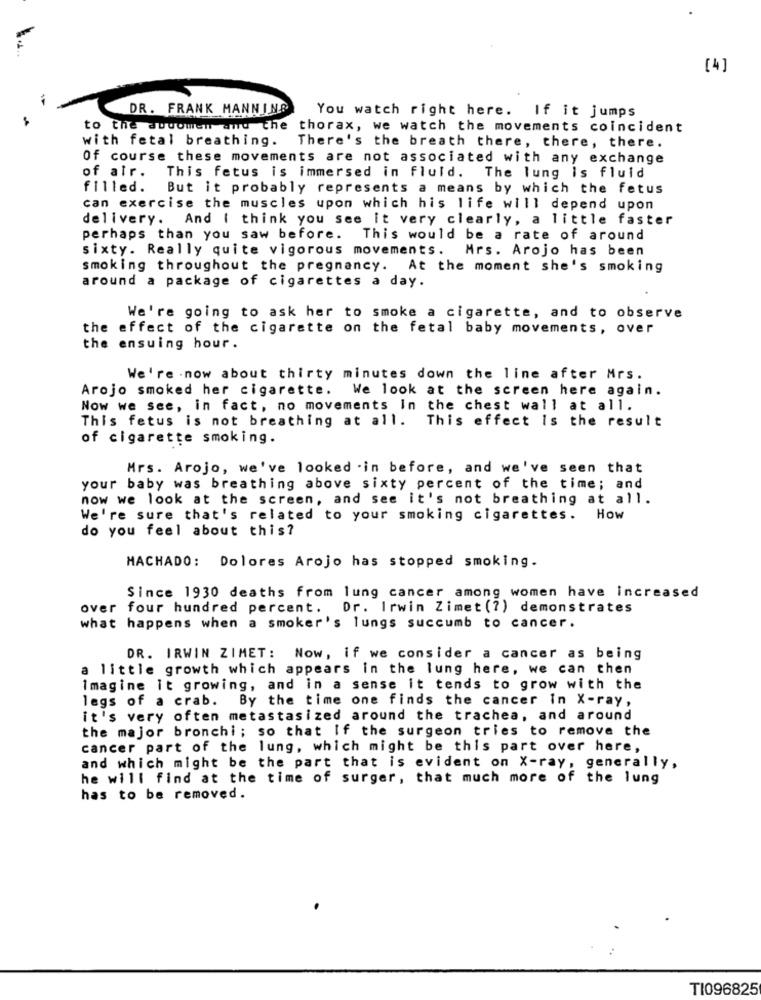
[4]
DR. FRANK MANNINO
You watch right here. If it jumps
to the awwomen and the thorax, we watch the movements coincident
with fetal breathing.
There's the breath there, there, there.
Of course these movements are not associated with any exchange
of air. This fetus is immersed in fluid. The lung is fluid
filled. But it probably represents a means by which the fetus
can exercise the muscles upon which his life will depend upon
delivery. And I think you see it very clearly, a little faster
perhaps than you saw before. This would be a rate of around
sixty. Really quite vigorous movements. Mrs. Arojo has been
smoking throughout the pregnancy. At the moment she's smoking
around a package of cigarettes a day.
We're going to ask her to smoke a cigarette, and to observe
the effect of the cigarette on the fetal baby movements, over
the ensuing hour.
We're .now about thirty minutes down the line after Mrs.
Arojo smoked her cigarette. We look at the screen here again.
Now we see, in fact, no movements In the chest wall at all.
This fetus is not breathing at all. This effect Is the result
of cigarette smoking.
Mrs. Arojo, we've looked . in before, and we've seen that
your baby was breathing above sixty percent of the time; and
now we look at the screen, and see it's not breathing at all.
We're sure that's related to your smoking cigarettes. How
do you feel about this?
MACHADO: Dolores Arojo has stopped smoking.
Since 1930 deaths from lung cancer among women have increased
over four hundred percent. Dr. Irwin Zimet (?) demonstrates
what happens when a smoker's lungs succumb to cancer.
DR. IRWIN ZIMET: Now, if we consider a cancer as being
a little growth which appears in the lung here, we can then
Imagine it growing, and in a sense it tends to grow with the
legs of a crab. By the time one finds the cancer In X-ray,
it's very often metastasized around the trachea, and around
the major bronchi; so that If the surgeon tries to remove the
cancer part of the lung, which might be this part over here,
and which might be the part that is evident on X-ray, generally,
he will find at the time of surger, that much more of the lung
has to be removed.
T1096825